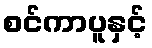
စင်ကာပူနှင့်